Vaccination North-Western Provinces and Oudh 1878-1895 - 1878-1895
Year: 1878
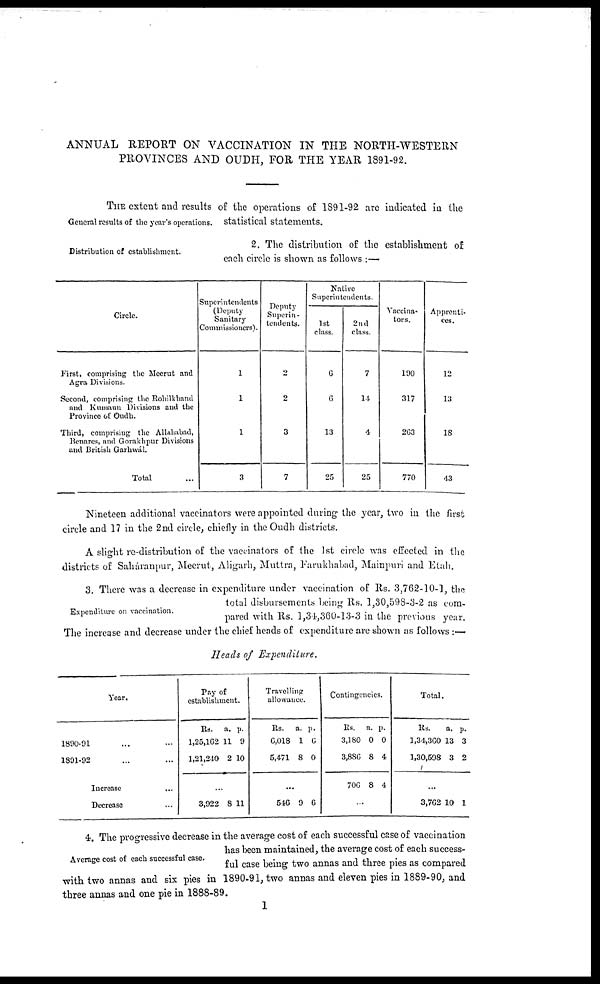
ANNUAL REPORT ON VACCINATION IN THE NORTH-WESTERN
PROVINCES AND OUDH, FOR THE YEAR 1891-92.
THE extent and results of the operations of 1891-92 are indicated in the
General results of the year's operations. statistical statements.
Distribution of establishment.
2. The distribution of the establishment of
each circle is shown as follows :—
Circle.
First, comprising the Meerut and
Agra Divisions.
Second, comprising the Rohilkhand
and Kumaun Divisions and the
Province of Oudh.
Third, comprising the Allahabad,
Benares, and Gorakhpur Divisions
and British Garhwál.
Total ...
Superintendents
(Deputy
Sanitary
Commissioners).
1
1
1
3
Deputy
Superin-
tendents.
2
2
3
7
Native
Superintendents.
1st
class.
6
6
13
25
2nd
class.
7
14
4
25
Vaccina-
tors.
190
317
263
770
Apprenti-
ces.
12
13
18
43
Nineteen additional vaccinators were appointed during the year, two in the first
circle and 17 in the 2nd circle, chiefly in the Oudh districts.
A slight re-distribution of the vaccinators of the 1st circle was effected in the
districts of Saháranpur, Meerut, Aligarh, Muttra, Farukhabad, Mainpuri and Etah.
Expenditure on vaccination.
3. There was a decrease in expenditure under vaccination of Rs. 3,762-10-], the
total disbursements being Rs. 1,30,598-3-2 as com-
pared with Rs. 1,34,360-13-3 in the previous year.
The increase and decrease under the chief heads of expenditure are shown as follows :—
Heads of Expenditure.
Year.
1890-91 ... ...
1891-92 ... ...
Increase ...
Decrease ...
Pay of
establishment.
Rs.
1,25,162
1,21,240
a.
11
2
p.
9
10
...
3,922 8 11
Travelling
allowance.
Rs.
6,018
5,471
a.
1
8
p.
6
0
...
546 9 6
Contingencies.
Rs.
3,180
3,886
706
a.
0
8
8
p.
0
4
4
...
Total.
Rs.
1,34,360
1,30,598
a.
13
3
p.
3
2
...
3,762 10 1
Average cost of each successful case.
4. The progressive decrease in the average cost of each successful case of vaccination
has been maintained, the average cost of each success-
ful case being two annas and three pies as compared
with two annas and six pies in 1890-91, two annas and eleven pies in 1889-90, and
three annas and one pie in 1888-89.
1